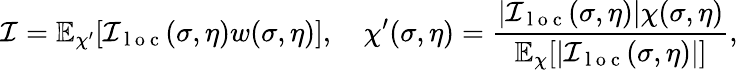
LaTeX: \mathcal{I}=\mathbb{E}_{\chi^{\prime}}[\mathcal{I}_{\mathrm{~l~o~c~}}(\sigma,\eta)w(\sigma,\eta)],\quad\chi^{\prime}(\sigma,\eta)=\frac{|\mathcal{I}_{\mathrm{~l~o~c~}}(\sigma,\eta)|\chi(\sigma,\eta)}{\mathbb{E}_{\chi}[|\mathcal{I}_{\mathrm{~l~o~c~}}(\sigma,\eta)|]},